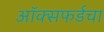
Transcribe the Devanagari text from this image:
ऑक्सफर्डचा